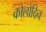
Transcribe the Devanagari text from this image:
कोलोदिन